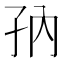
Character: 𱙸